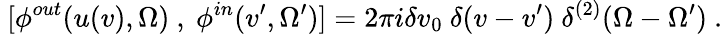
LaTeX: ~[\phi^{out}(u(v),\Omega)~,~\phi^{in}(v^{\prime},\Omega^{\prime})]=2\pi i\delta v_{0}~\delta(v-v^{\prime})~\delta^{(2)}(\Omega-\Omega^{\prime})~.